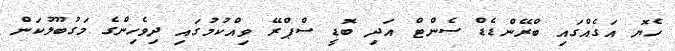
ހެޔޮ އަގެއްގައި ބްރޭންޑެޑް ސެންޓް އަދި ބޮޑީ ސްޕްރޭ ވިއްކުމުގައި ދިވެހިންގެ މަގުބޫލުކަން